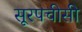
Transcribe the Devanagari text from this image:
सूरपचीसी